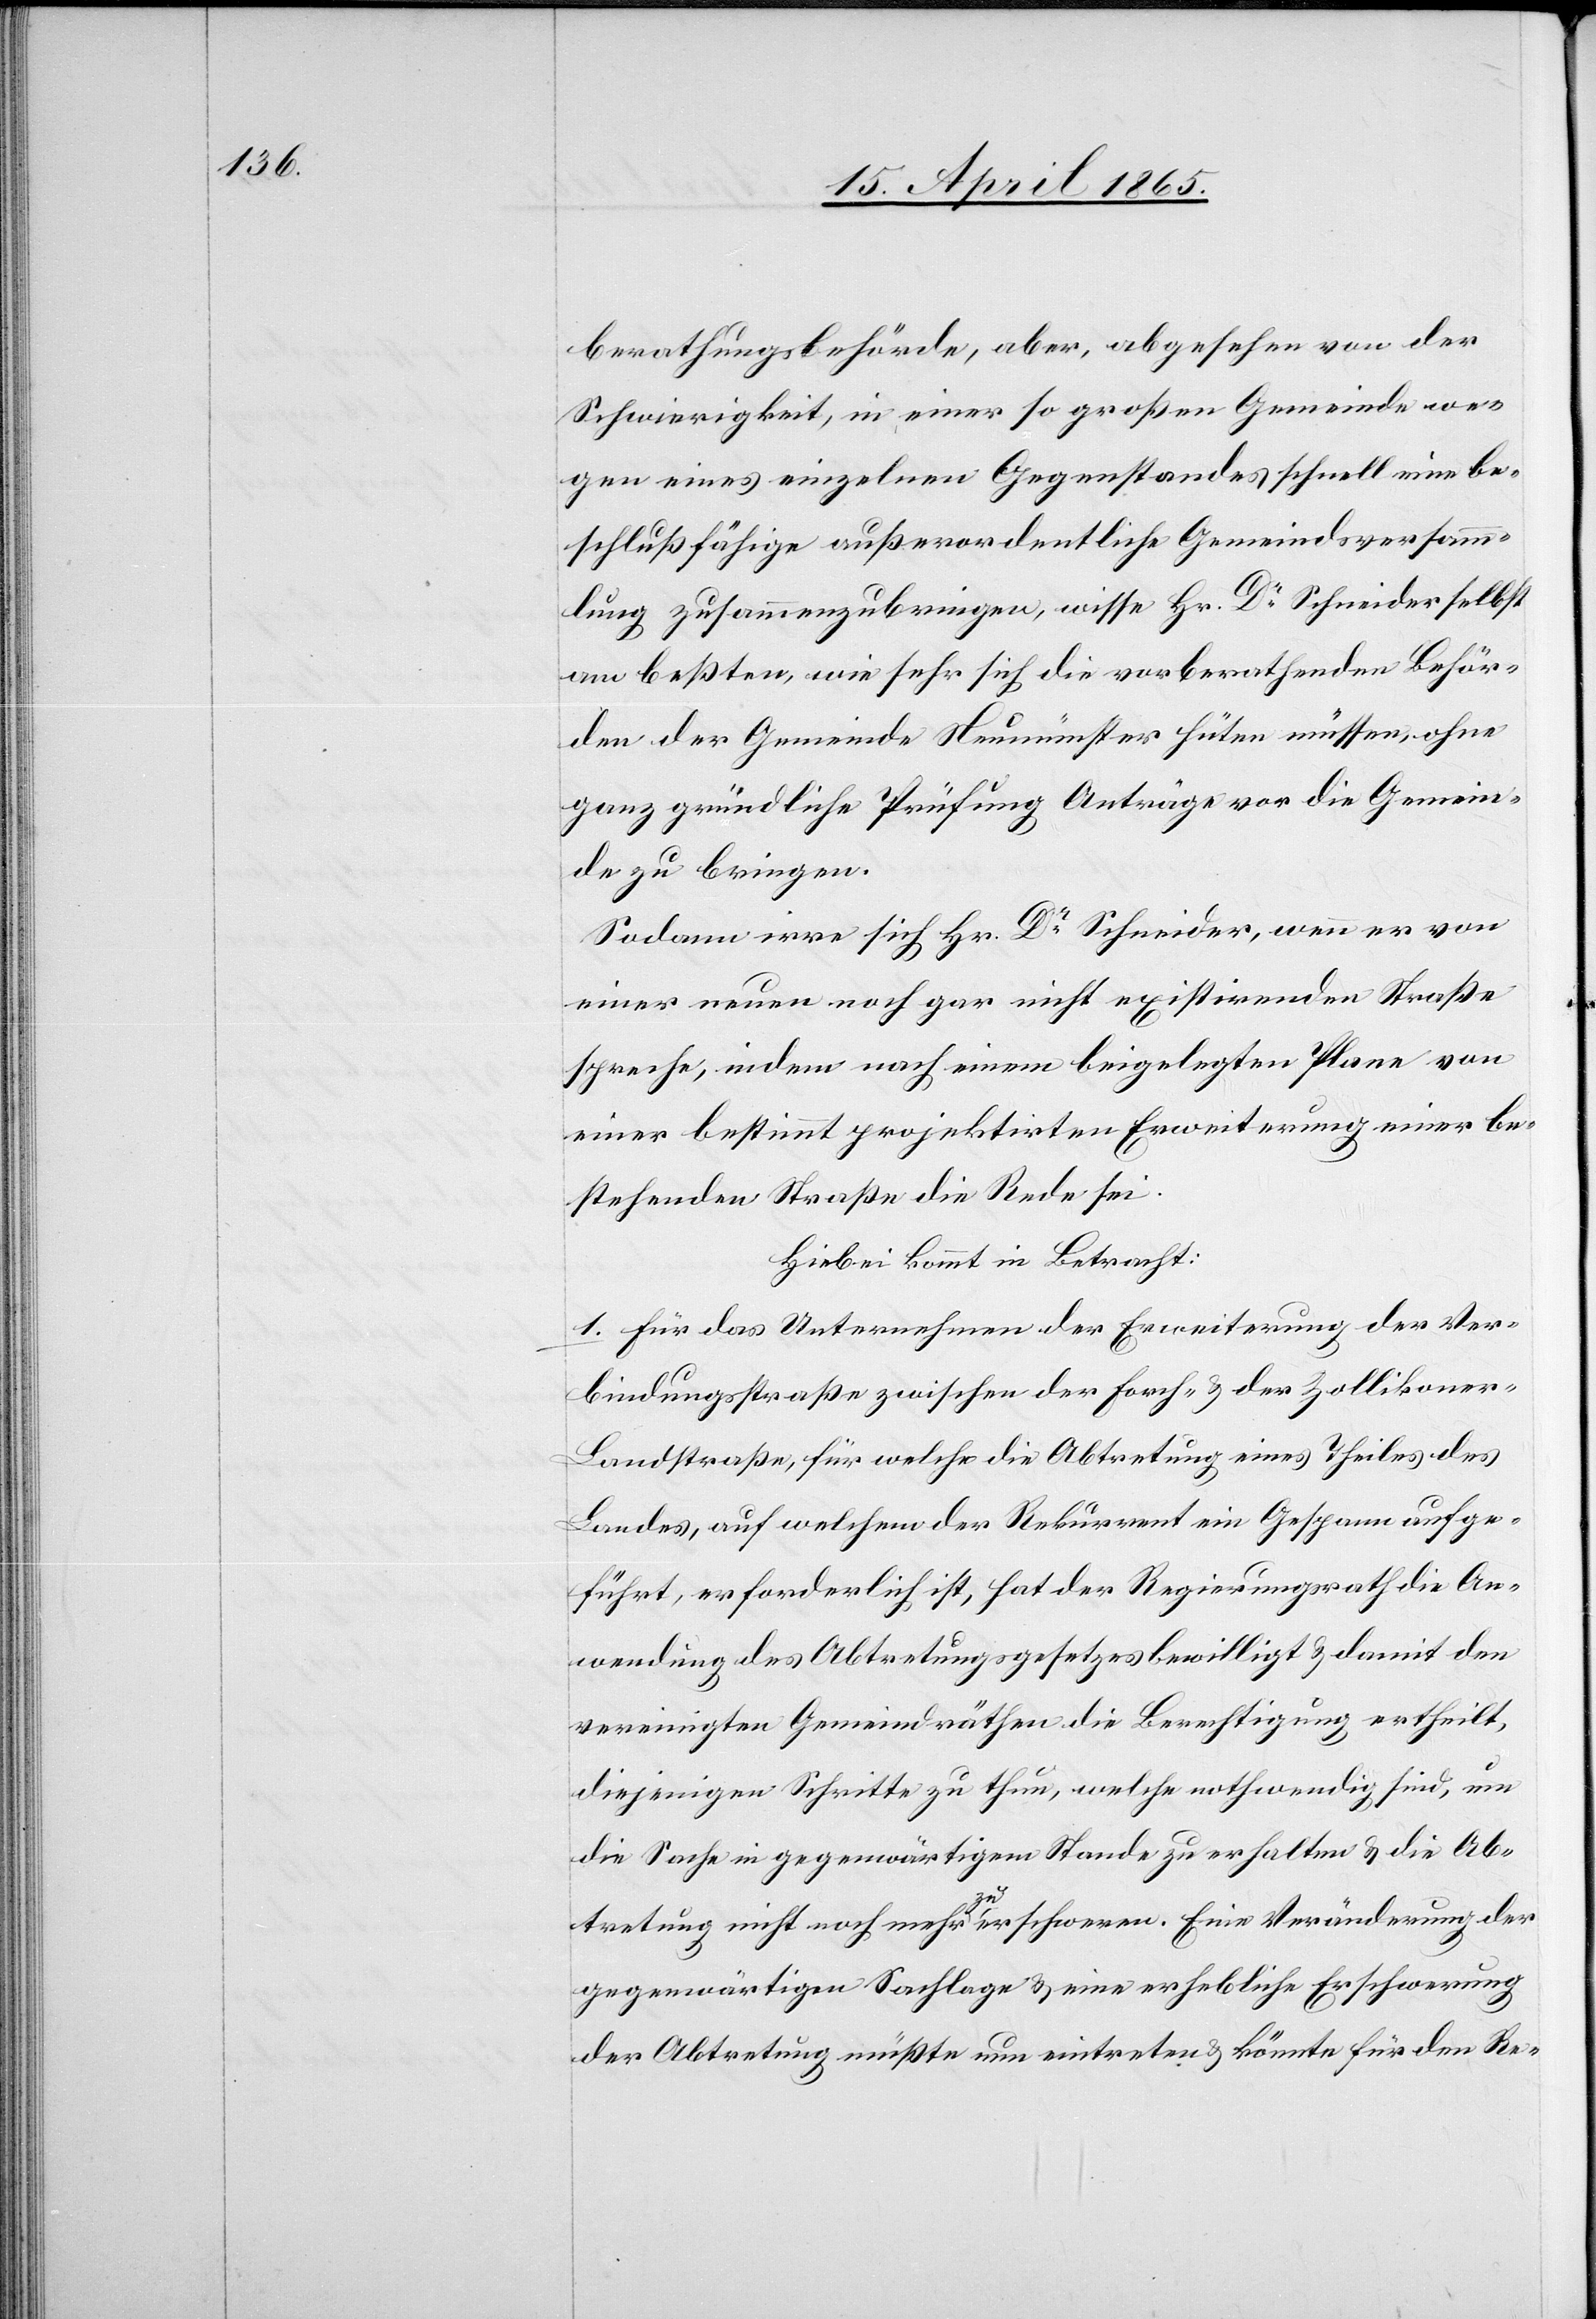
berathungsbehörde, aber, abgesehen von der
Schwierigkeit, in einer so großen Gemeinde we¬
gen eines einzelnen Gegenstandes schnell eine be¬
schlußfähige außerordentliche Gemeindsversamm¬
lung zusammenzubringen, wisse Hr. Dr Schneider selbst
am beßten, wie sehr sich die vorberathenden Behör¬
den der Gemeinde Neumünster hüten müssen, ohne
ganz gründliche Prüfung Anträge vor die Gemein¬
de zu bringen.
Sodann irre sich Hr Dr Schneider, wenn er von
einer neuen noch gar nicht existirenden Straße
spreche, indem nach einem beigelegten Plane von
einer bestimmt projektirten Erweiterung einer be¬
stehenden Straße die Rede sei.
Hiebei kommt in Betracht:
1. Für das Unternehmen der Erweiterung der Ver¬
bindungsstraße zwischen der Forch- & der Zollikone¬
r-Landstraße, für welche die Abtretung eines Theiles des
Landes, auf welchem der Rekurrent ein Gespann aufge¬
führt, erforderlich ist, hat der Regierungsrath die An¬
wendung des Abtretungsgesetzes bewilligt & damit den
vereinigten Gemeindräthen die Berechtigung ertheilt,
diejenigen Schritte zu thun, welche nothwendig sind, um
die Sache in gegenwärtigem Stande zu erhalten & die Ab¬
tretung nicht noch mehr zu erschweren. Eine Veränderung der
gegenwärtigen Sachlage & eine erhebliche Erschwerung
der Abtretung müßte nun eintreten & könnte für den Re-